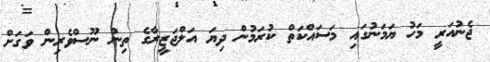
ޖެނުއަރީ މަހު ޔަމަނުގައި މަސައްކަތް ކުރަމުން ދިޔަ އަލްޖަޒީރާގެ ތިން ނޫސްވެރިން ވަގަށް